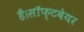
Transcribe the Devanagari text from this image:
हैं।सॉफ्टवेयर